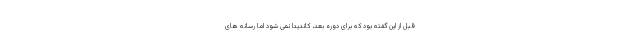
قبل از این گفته بود که برای دوره بعد، کاندیدا نمی شود اما رسانه های